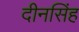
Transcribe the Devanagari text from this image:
दीनसिंह